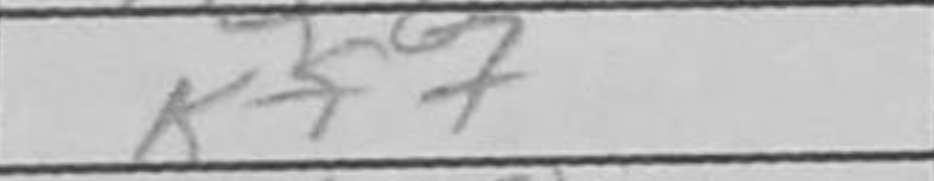
Transcription: Kf7